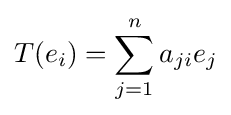
T(e_{i})=\sum _{j=1}^{n}a_{ji}e_{j}